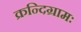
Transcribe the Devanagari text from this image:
क्रन्दिग्रामः